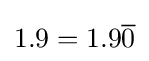
1.9=1.9{\overline {0}}